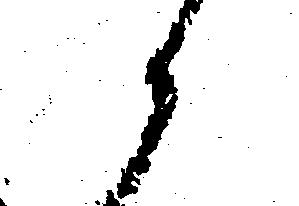
候